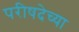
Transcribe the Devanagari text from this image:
परीषदेच्या